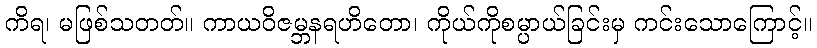
ကိရ၊ မဖြစ်သတတ်။ ကာယဝိဇမ္ဘနရဟိတော၊ ကိုယ်ကိုစမ္ပာယ်ခြင်းမှ ကင်းသောကြောင့်။